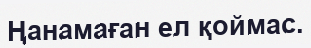
Ңанамаған ел қоймас.